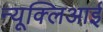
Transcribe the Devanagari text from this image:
न्यूक्लिआई